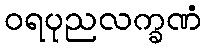
ဝရပုညလက္ခဏံ